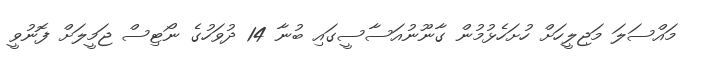
މައްސަލަ މަޖިލީހަށް ހުށަހެޅުމުން ގާނޫނުއަސާސީގައި ބުނާ 14 ދުވަހުގެ ނޯޓިސް ޖަމީލަށް ފޮނުވީ